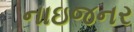
નાઇજનર